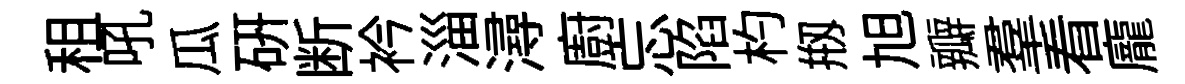
租吼瓜研断衿淄潯廚忘陷杓剏旭瓣羣看龐